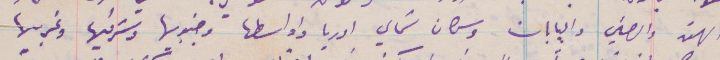
الهند والصين واليابان وسكان شمالي اوربا واوسطها وجنوبها وشرقيها وغربيها